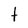
Character: t